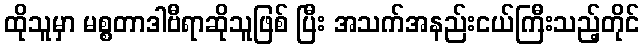
ထိုသူမှာ မစ္စတာဒါဗီရာဆိုသူဖြစ် ပြီး အသက်အနည်းငယ်ကြီးသည့်တိုင်